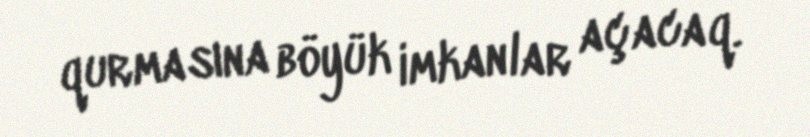
qurmasına böyük imkanlar açacaq.